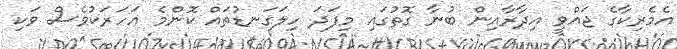
އެމެރިކާގެ ޖައްވީ އިދާރާއިން ބުނާ ގޮތުގައި މިފަދަ ހިލަަގަނޑުތައް ކޮންމެ އަހަރަކުވެސް ވަކި